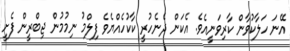
އޭނަ ހަލާކުވާން ކާރިވަނީއެވެ. އެކަން ދެނެހުރީ ކާކުހެއްޔެވެ ފިލްމު ނިމުމުން ޖިބްރީން ފެށީ